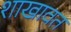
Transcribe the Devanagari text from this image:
शाखावत